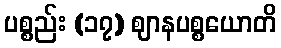
ပစ္စည်း (၁၇) ဈာနပစ္စယောတိ